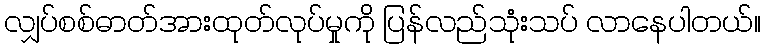
လျှပ်စစ်ဓာတ်အားထုတ်လုပ်မှုကို ပြန်လည်သုံးသပ် လာနေပါတယ်။